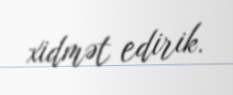
xidmət edirik.